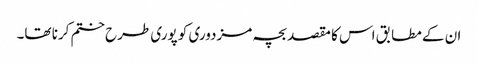
ان کے مطابق اس کا مقصد بچہ مزدوری کو پوری طرح ختم کرنا تھا۔